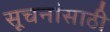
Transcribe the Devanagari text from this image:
सूचनांसाठी